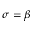
\sigma = \beta